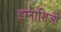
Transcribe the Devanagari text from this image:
इग्नाशिओ